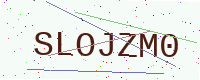
Text: SLOJZM0